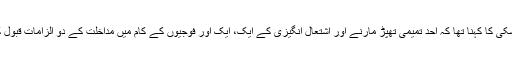
گیبسی لیسکی کا کہنا تھا کہ احد تمیمی تھپڑ مارنے اور اشتعال انگیزی کے ایک، ایک اور فوجیوں کے کام میں مداخلت کے دو الزامات قبول کریں گی۔